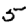
Digit: 5